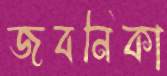
জবনিকা